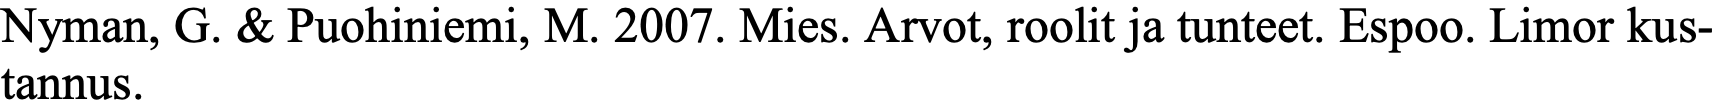
Nyman, G. & Puohiniemi, M. 2007. Mies. Arvot, roolit ja tunteet. Espoo. Limor kus- tannus.